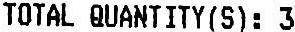
TOTAL QUANTITY(S): 3